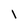
Character: l